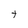
Character: t